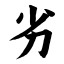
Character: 劣